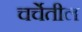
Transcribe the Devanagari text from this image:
चर्चेतील